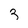
Character: 3